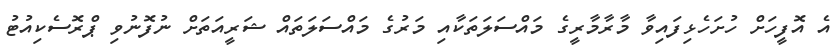
އެ އޮފީހަށް ހުށަހެޅިފައިވާ މާރާމާރީގެ މައްސަލަތަކާއި މަރުގެ މައްސަލަތައް ޝަރީއަތަށް ނުފޮނުވި ޕްރޮސެކިއުޓު